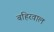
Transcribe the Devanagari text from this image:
बहिरवाल